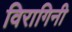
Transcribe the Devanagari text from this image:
विरागिनी